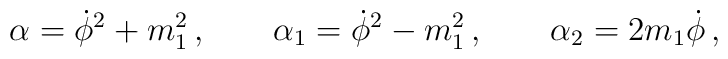
\alpha   =  \dot \phi ^2+m_1^2\,,\qquad \alpha_1 =  \dot\phi ^2-m_1^2\,,\qquad \alpha _2 =2m_1\dot \phi \,,